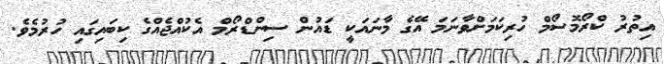
އިތުރު ކްރޯމޮސޯމް ހުރިކަމަށްވާނަމަ އޭގެ މާނައަކީ ޑައުން ސިންޑްރޯމް އެކުއްޖެއްގެ ކިބައިގައި ހުރުމެވެ.